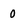
Character: 0